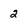
Character: 2